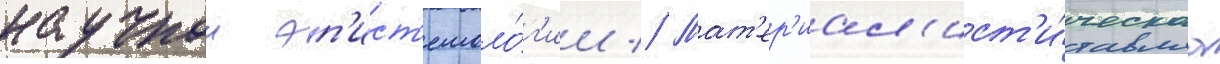
научнои эп'ист'емоло́г'ии // Мат'ер'иал'ист'и́ческаа